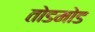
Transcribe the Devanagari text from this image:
तोडमोड